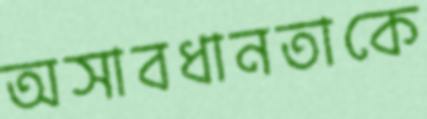
অসাবধানতাকে